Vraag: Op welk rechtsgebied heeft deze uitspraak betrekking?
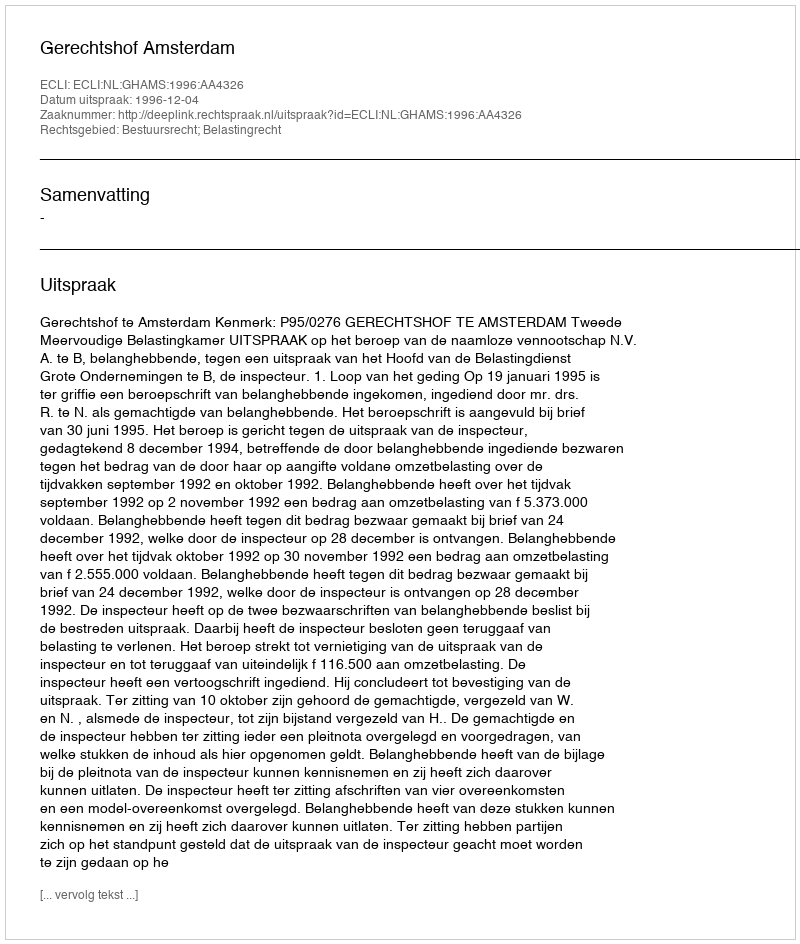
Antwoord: Bestuursrecht; Belastingrecht